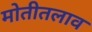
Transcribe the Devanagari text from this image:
मोतीतलाव